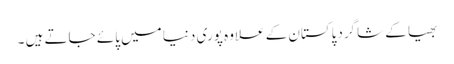
بھیا کے شاگردپاکستان کے علاوہ پوری دنیا میں پائے جاتے ہیں ۔